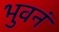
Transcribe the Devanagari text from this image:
भुवनं